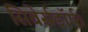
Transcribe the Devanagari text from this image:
सिबेर्सडॉर्फ